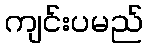
ကျင်းပမည်